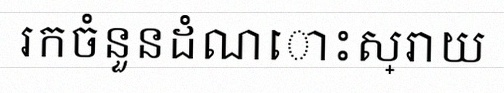
រកចំនួនដំណោះស្រាយ